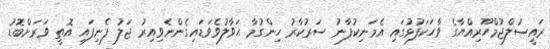
ރައީސުލްޖުމްހޫރިއްޔާގެ ވާހަކަފުޅުގައި އެމަނިކުފާނު ސަރުކާރު ހިންގުމާ ޙަވާލުވެވަޑައިގެންނެވިއިރު ޖަލު ފެނިފައި އޮތީ ވަރަށްބޮޑު